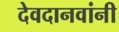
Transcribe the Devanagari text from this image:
देवदानवांनी